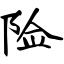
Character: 险